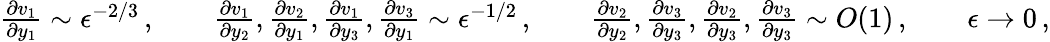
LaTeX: \begin{array}{r}{\frac{\partial v_{1}}{\partial y_{1}}\sim\epsilon^{-2/3}\, ,\qquad\frac{\partial v_{1}}{\partial y_{2}},\frac{\partial v_{2}}{\partial y_{1}},\frac{\partial v_{1}}{\partial y_{3}},\frac{\partial v_{3}}{\partial y_{1}}\sim\epsilon^{-1/2}\, ,\qquad\frac{\partial v_{2}}{\partial y_{2}},\frac{\partial v_{3}}{\partial y_{3}},\frac{\partial v_{2}}{\partial y_{3}},\frac{\partial v_{3}}{\partial y_{3}}\sim O(1)\, ,\qquad\epsilon\to 0\, ,}\end{array}